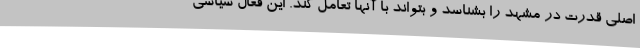
اصلی قدرت در مشهد را بشناسد و بتواند با آنها تعامل کند. این فعال سیاسی